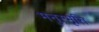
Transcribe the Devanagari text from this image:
मनुस्मृत्ति